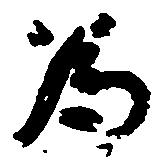
為